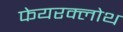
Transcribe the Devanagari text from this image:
फेयरक्लोथ